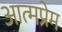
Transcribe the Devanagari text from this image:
आत्मप्रेम